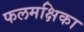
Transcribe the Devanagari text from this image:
फलमक्षिका